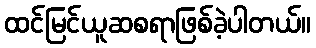
ထင်မြင်ယူဆစရာဖြစ်ခဲ့ပါတယ်။